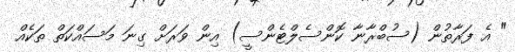
" އެ ފަރާތުން (ސުބްރާނާ ކޮންސެލްޓެންސީ) އިން ވަރަށް ގިނަ މަސައްކަތް ތަކެއް